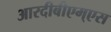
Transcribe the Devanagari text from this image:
आरदीबीएम्एस